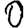
Digit: 0